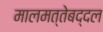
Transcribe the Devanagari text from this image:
मालमत्तेबद्दल